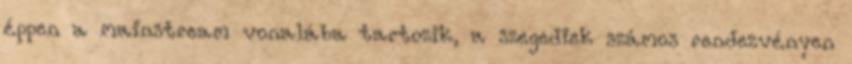
éppen a mainstream vonalába tartozik, a szegediek számos rendezvényen